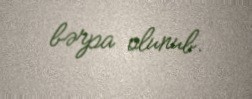
bərpa olunub.